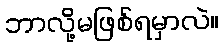
ဘာလို့မဖြစ်ရမှာလဲ။